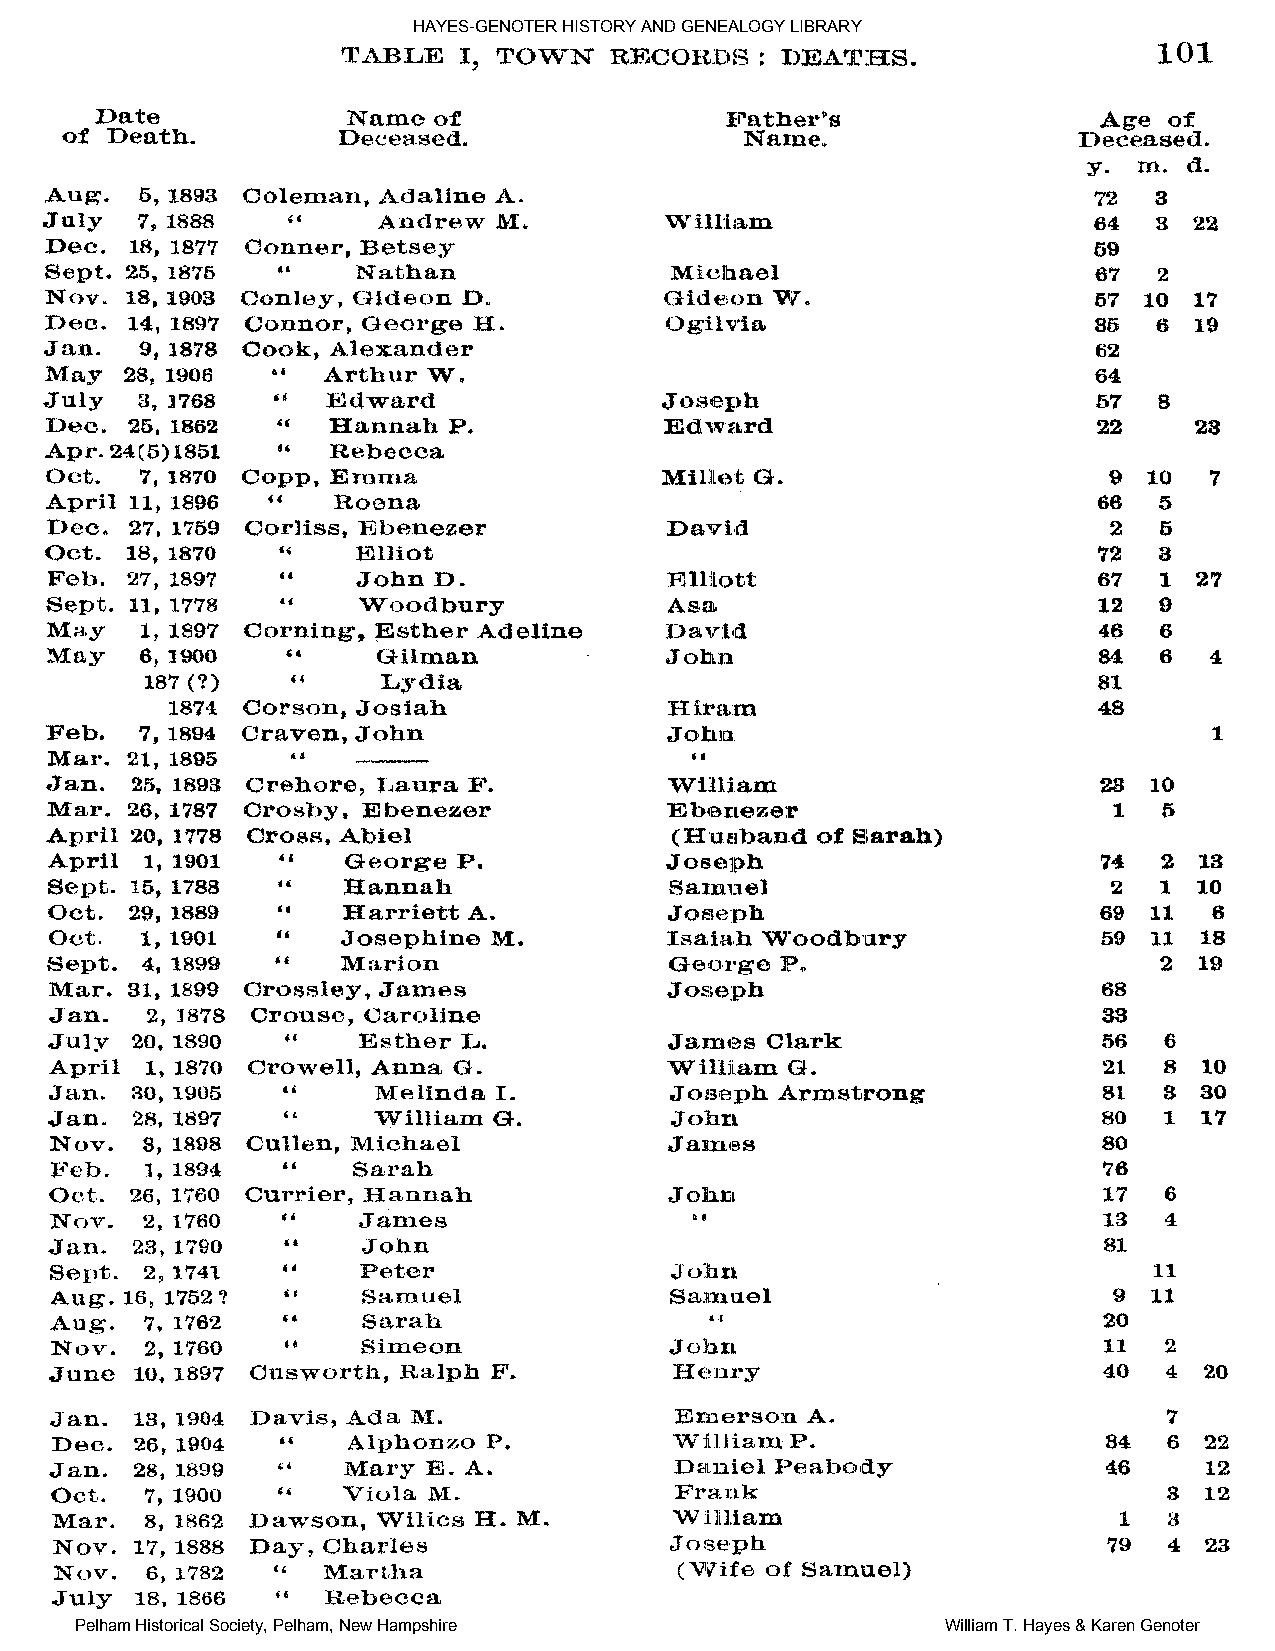
HAYES-GENOTER HISTORY AND GENEALOGY LIBRARY
 Pelham Historical Society, Pelham, New Hampshire          William T. Hayes & Karen Genoter